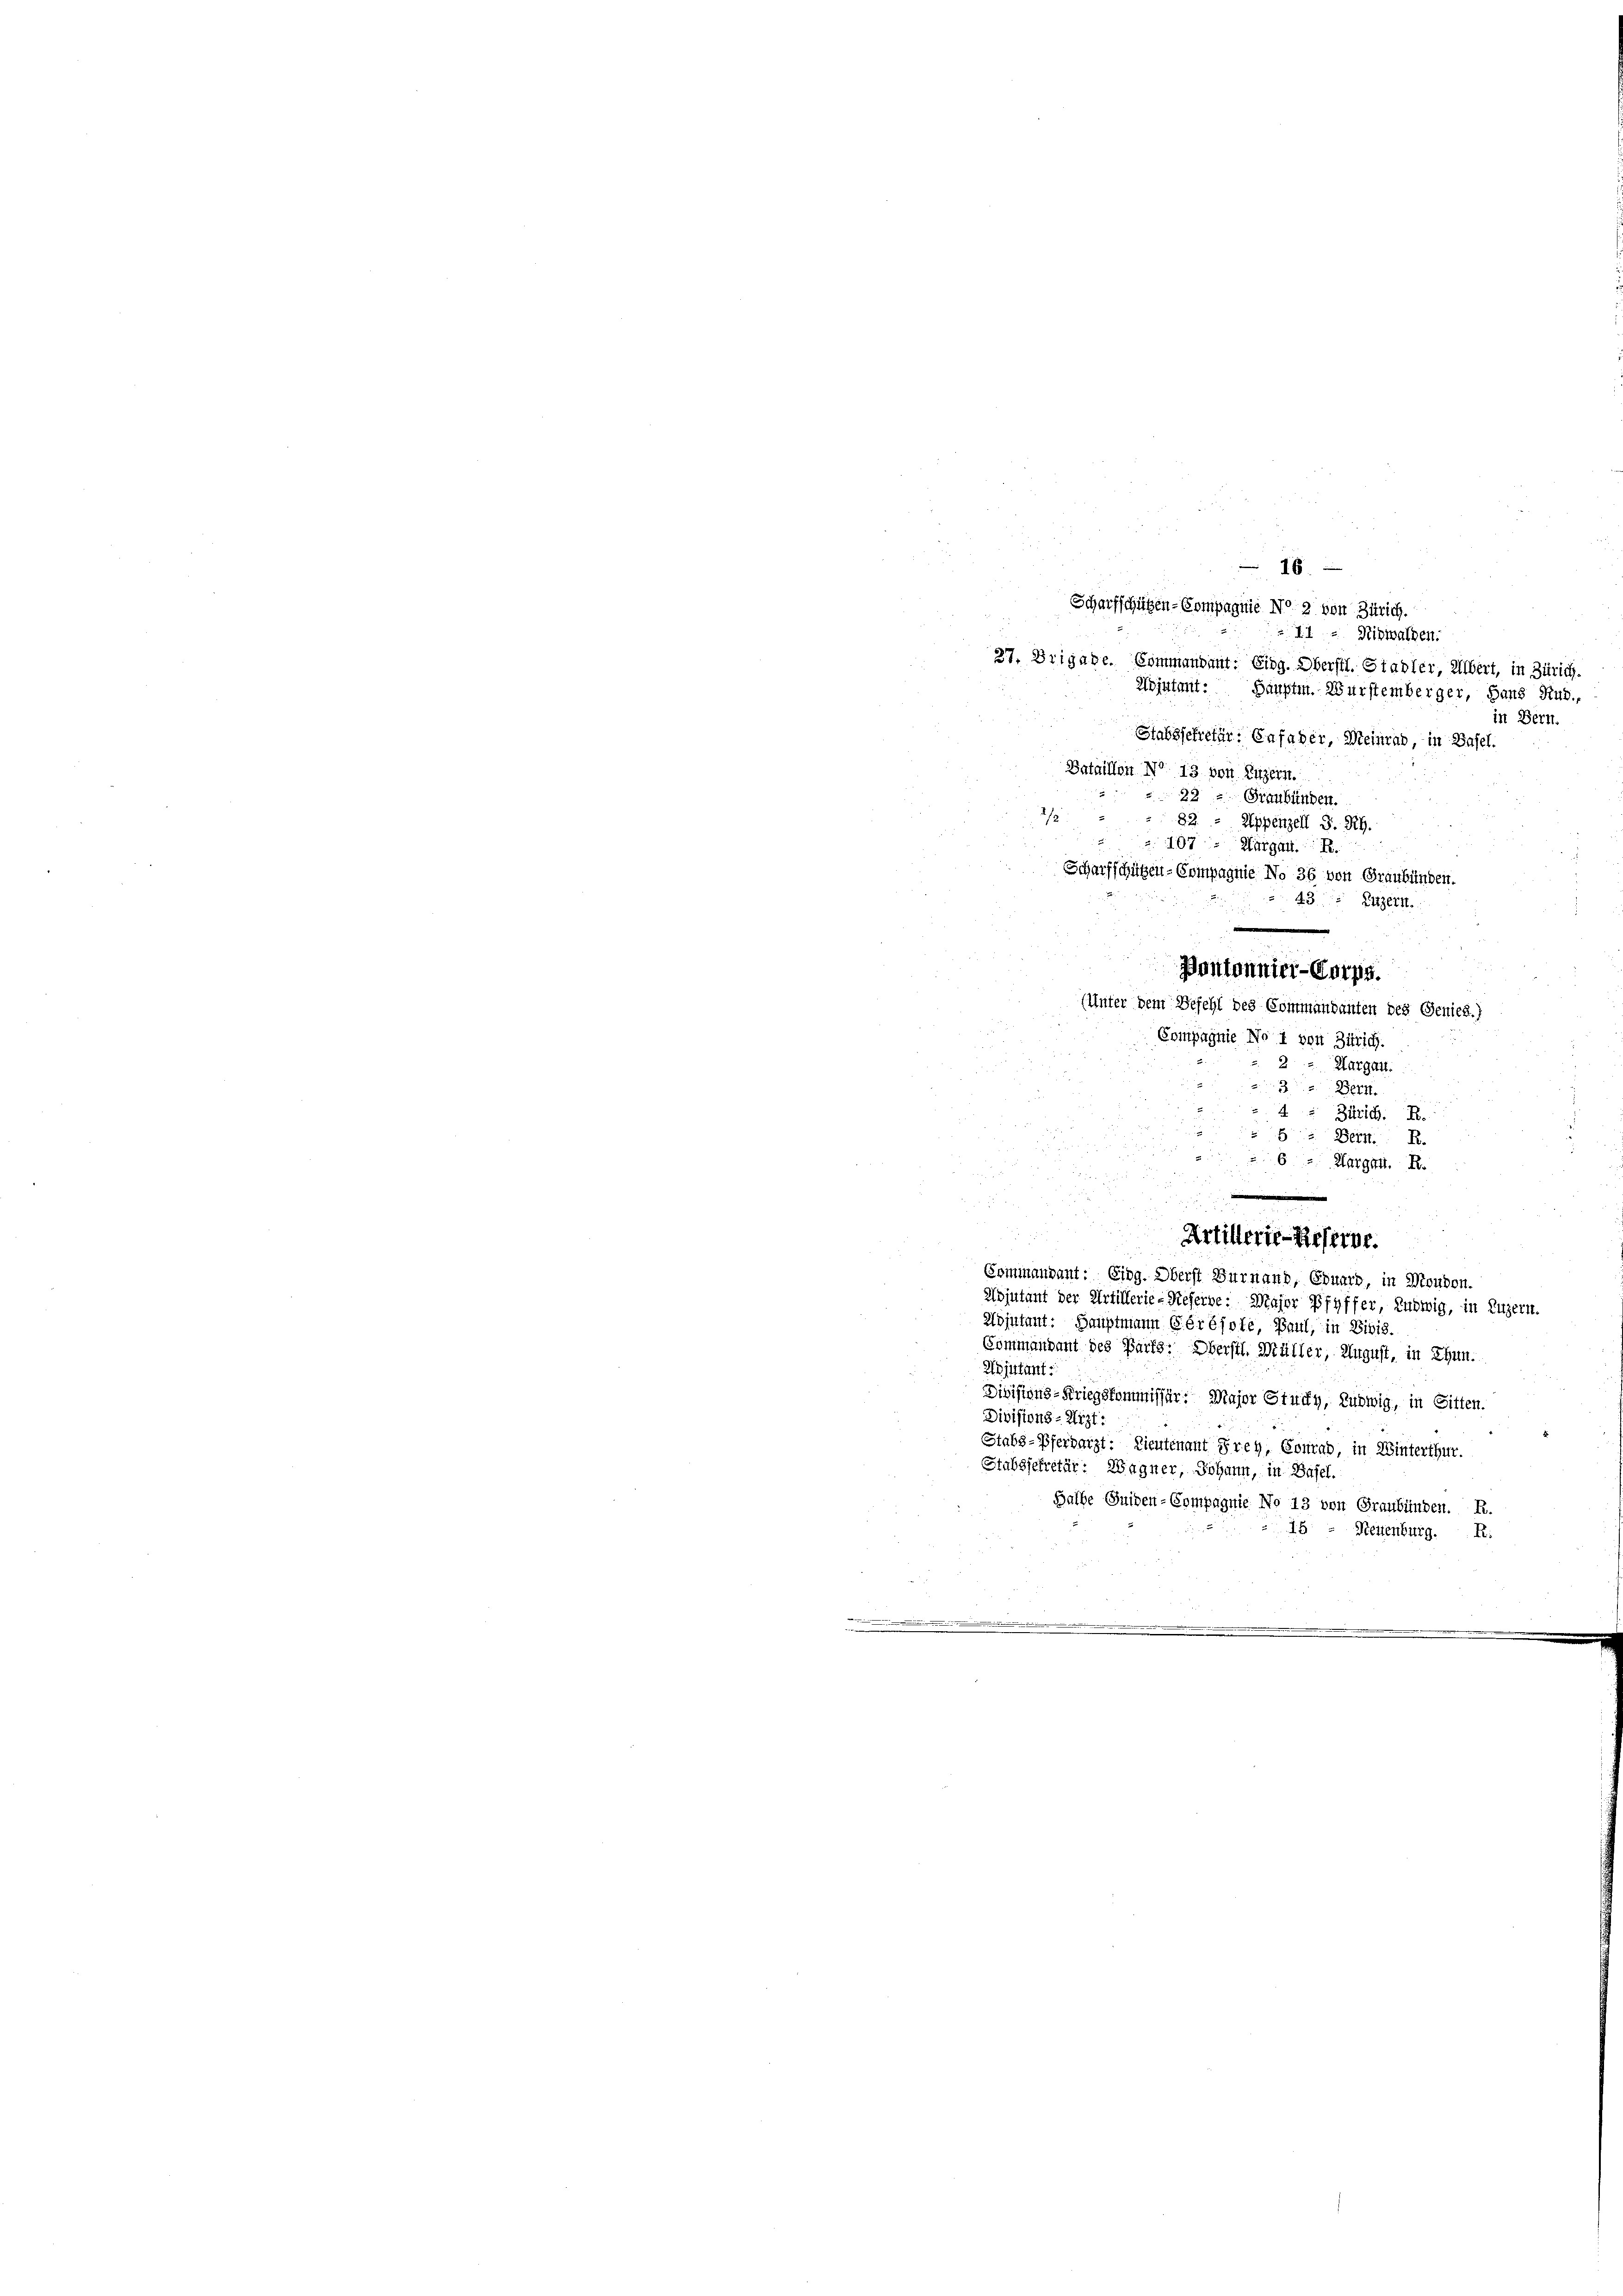
Scharfschützen-Compagnie No 2 von Zürich.
II Nidwalden.
27, Brigabe. Commandant: Eidg. Oberstl. Stadler, Albert, in Zürich.
Wojutant: Hauptm. Wurstemberger, Hans Rud.
in Bern.
Stabssekretär: Enfader, Meinrab, in Basel.
Bataillon No. 13 von Luzern.
22 - Graubünden.
2/3
82. - Appenzell S. R.
107 Kurgatt
Scharfschützen-Compagnie No 36 von Graubünden
43, Luzern.
.
Pontonnier-Corps.
(Unter dem Befehl des Commandanten des Genies.)
Compagnie Not von Zürich.
2
Hurgau.

Bern.
Zürich. R.
Bern. R.
x
Kargen. R.

Artillerie-Reserne.
Commandant: Eing. Oberst Burnaud, Eduard, in Moudon.
Adjutant der Artillerie-Reserbe. Major Pfyffer, Ludwig, in Luzern.
Adjutant: Hauptmann Gérésole, Paul, in Divis.
Commandant des Parts: Oberstl. Müller, August, in Thun.
Adjutant
Divisions-Kriegskommissär: Major Stucky, Ludwig, in Sitten.
Divisions-Lizt:
Stabs-Pferdarzt: Lieutenant Frey, Conrad, in Winterthur.
Stabsjekretär: Wagner, Johann, in Basel.
Halbe Guiden-Compagnie No 13 von Graubünden. R.
18.
Neuenburg.
R:

e

16